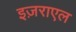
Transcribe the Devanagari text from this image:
इज़राएल